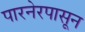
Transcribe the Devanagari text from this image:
पारनेरपासून